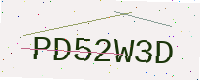
Text: PD52W3D